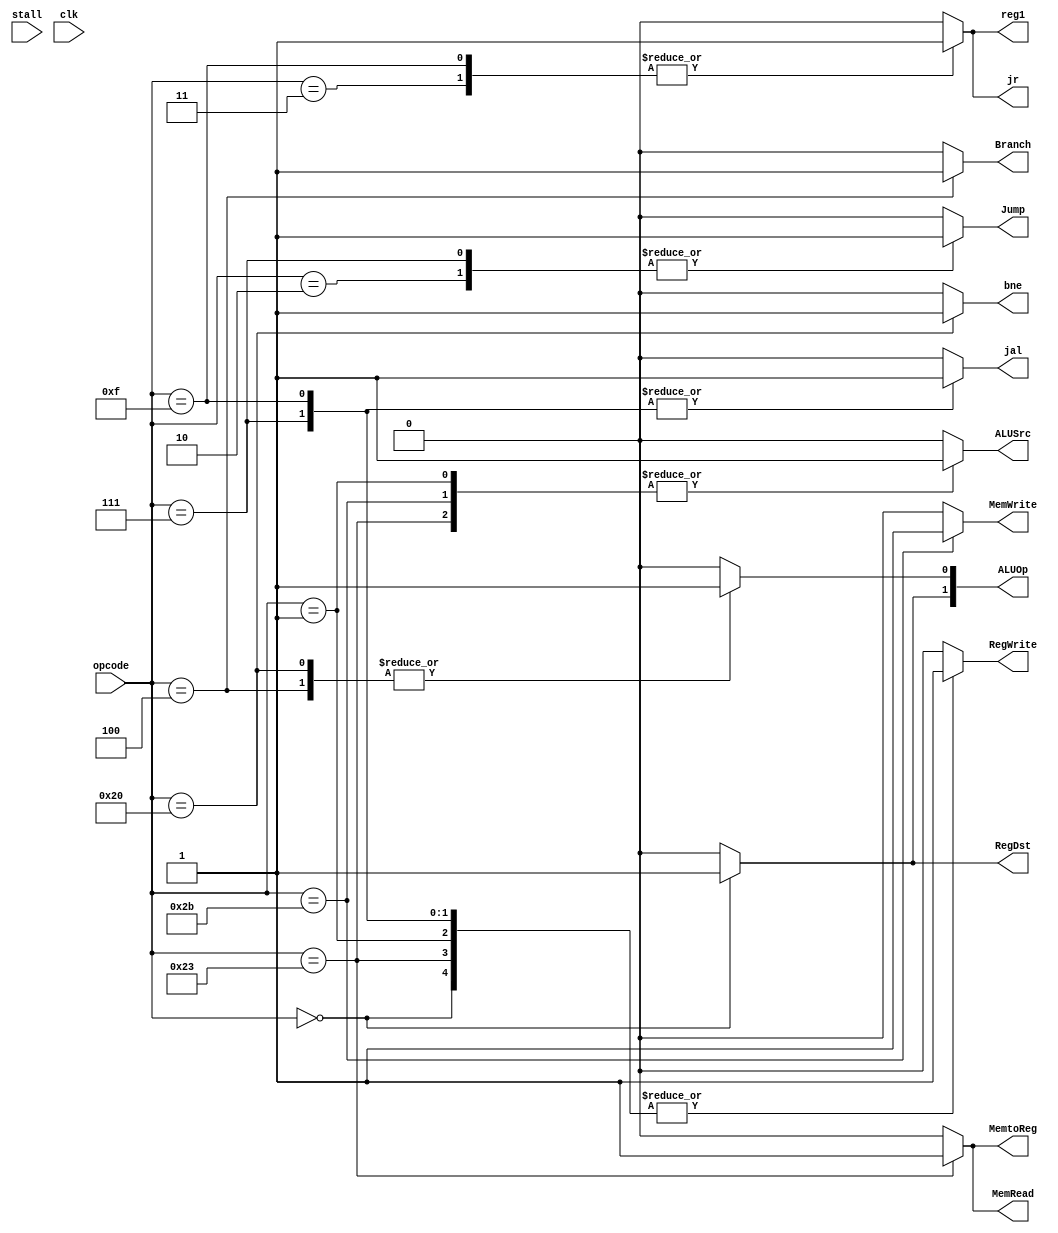
`timescale 1ns / 1ps

module control(
    input [5:0] opcode,
    output reg RegDst,
    output reg Jump,
    output reg Branch,
    output reg MemRead,
    output reg MemtoReg,
    output reg [1:0] ALUOp,
    output reg MemWrite,
    output reg ALUSrc,
    output reg RegWrite,
    output reg jr,
    output reg reg1,
    output reg jal,
    output reg bne,
    input stall,
    input clk
    );
always@(*)
begin
case(opcode)
	6'b000000 : begin       //	R - type
						RegDst = 1;
						ALUSrc = 0;
						MemtoReg = 0;
						RegWrite = 1;
						MemRead = 0;
						MemWrite = 0;
						Branch = 0;
						ALUOp[1] = 1;
						ALUOp[0] = 0;
						Jump = 0;
						jr = 0;
						reg1 = 0;
						jal = 0;
						bne = 0;
						end
	6'b100011 : begin			//LW
						RegDst = 0;
						ALUSrc = 1;
						MemtoReg = 1;
						RegWrite = 1;
						MemRead = 1;
						MemWrite = 0;
						Branch = 0;
						ALUOp[1] = 0;
						ALUOp[0] = 0;
						Jump = 0;
						jr = 0;
						reg1 = 0;
						jal = 0;
						bne = 0;
						end
	6'b101011 : begin			//SW
						RegDst = 0;
						ALUSrc = 1;
						MemtoReg = 0;
						RegWrite = 0;
						MemRead = 0;
						MemWrite = 1;
						Branch = 0;
						ALUOp[1] = 0;
						ALUOp[0] = 0;
						Jump = 0;
						jr = 0;
						reg1 = 0;
						jal = 0;
						bne = 0;
						end
	6'b000100 : begin			//beq
						RegDst = 0;
						ALUSrc = 0;
						MemtoReg = 0;
						RegWrite = 0;
						MemRead = 0;
						MemWrite = 0;
						Branch = 1;
						ALUOp[1] = 0;
						ALUOp[0] = 1;
						Jump = 0;
						jr = 0;
						reg1 = 0;
						jal = 0;
						bne = 0;
						end
	6'b100000 : begin			//bne
						RegDst = 0;
						ALUSrc = 0;
						MemtoReg = 0;
						RegWrite = 0;
						MemRead = 0;
						MemWrite = 0;
						Branch = 0;
						bne = 1;
						ALUOp[1] = 0;
						ALUOp[0] = 1;
						Jump = 0;
						jr = 0;
						reg1 = 0;
						jal = 0;
						end
	6'b000001 : begin			//addi
						RegDst = 0;
						ALUSrc = 1;
						MemtoReg = 0;
						RegWrite = 1;
						MemRead = 0;
						MemWrite = 0;
						Branch = 0;
						ALUOp[1] = 0;
						ALUOp[0] = 0;
						Jump = 0;
						jr = 0;
						reg1 = 0;
						jal = 0;
						bne = 0;
						end
	6'b000010 : begin			//j
						RegDst = 0;
						ALUSrc = 0;
						MemtoReg = 0;
						RegWrite = 0;
						MemRead = 0;
						MemWrite = 0;
						Branch = 0;
						ALUOp[1] = 0;
						ALUOp[0] = 0;
						Jump = 1;
						jr = 0;
						reg1 = 0;
						jal = 0;
						bne = 0;
						end
	6'b000011 : begin			//jr
						RegDst = 0;
						ALUSrc = 0;
						MemtoReg = 0;
						RegWrite = 0;
						MemRead = 0;
						MemWrite = 0;
						Branch = 0;
						ALUOp[1] = 0;
						ALUOp[0] = 0;
						Jump = 0;
						jr = 1;
						reg1 = 1;
						jal = 0;
						bne = 0;
						end
	6'b000111 : begin			//jal
						RegDst = 0;
						ALUSrc = 0;
						MemtoReg = 0;
						RegWrite = 1;
						MemRead = 0;
						MemWrite = 0;
						Branch = 0;
						ALUOp[1] = 0;
						ALUOp[0] = 0;
						Jump = 1;
						jr = 0;
						reg1 = 0;
						jal = 1;
						bne = 0;
						end		
	6'b001111 : begin			//jalr
						RegDst = 0;
						ALUSrc = 0;
						MemtoReg = 0;
						RegWrite = 1;
						MemRead = 0;
						MemWrite = 0;
						Branch = 0;
						ALUOp[1] = 0;
						ALUOp[0] = 0;
						Jump = 0;
						jr = 1;
						reg1 = 1;
						jal = 1;
						bne = 0;
						end					
	default : begin			
						RegDst = 0;
						ALUSrc = 0;
						MemtoReg = 0;
						RegWrite = 0;
						MemRead = 0;
						MemWrite = 0;
						Branch = 0;
						ALUOp[1] = 0;
						ALUOp[0] = 0;
						Jump = 0;
						jr = 0;
						reg1 = 0;
						jal = 0;
						bne = 0;
						end
endcase

end

/*always@(*)
begin
if(stall) begin
	Branch = 0; 
    MemRead = 0;
    MemWrite = 0;
    RegWrite = 0;
    MemtoReg = 0;
    RegDst = 0;
    ALUSrc = 0;
    ALUOp = 0;
end
end*/


endmodule